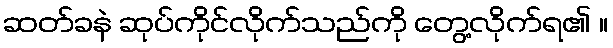
ဆတ်ခနဲ ဆုပ်ကိုင်လိုက်သည်ကို တွေ့လိုက်ရ၏ ။